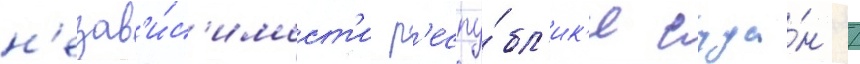
н'езав'и́с'имост'и р'еспу́бл'ик'и суда́н /